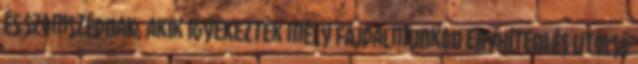
és szomszédnak, akik igyekeztek mély fájdalmunkon enyhíteni és utolsó